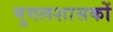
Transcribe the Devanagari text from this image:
मुगलशासकों